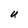
Character: U